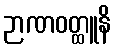
ဉာဏဝတ္ထူနိ